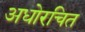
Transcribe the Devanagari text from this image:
अधोरचित